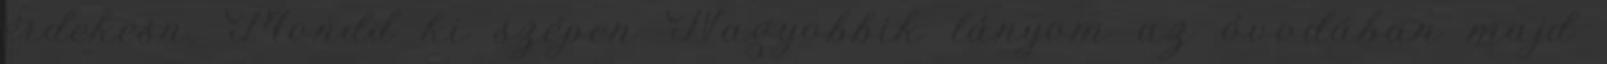
érdekesn. Mondd ki szépen Nagyobbik lányom az óvodában majd